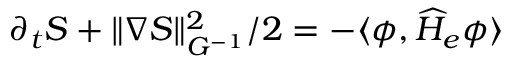
\partial _ { t } S + \| \nabla S \| _ { G ^ { - 1 } } ^ { 2 } / 2 = - \langle \phi , \widehat H _ { e } \phi \rangle